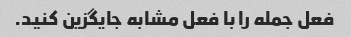
فعل جمله را با فعل مشابه جایگزین کنید.